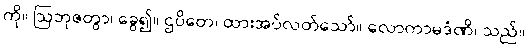
ကို။ ဩဘုဇတွာ၊ ခွေ၍။ ဌပိတေ၊ ထားအပ်လတ်သော်။ လောကာမဒံဏိ၊ သည်။